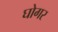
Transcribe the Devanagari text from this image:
घोगर